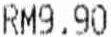
RM9.90